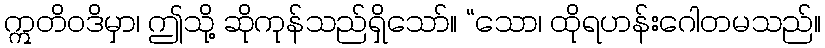
ဣတိဝဒိမှာ၊ ဤသို့ ဆိုကုန်သည်ရှိသော်။ “သော၊ ထိုရဟန်းဂေါတမသည်။